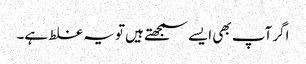
اگر آپ بھی ایسے سمجھتے ہیں تو یہ غلط ہے۔